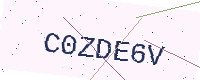
Text: C0ZDE6V